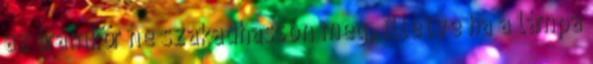
az áramkör ne szakadhasson meg, illetve ha a lámpa